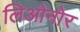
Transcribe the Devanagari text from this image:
लिओनोर